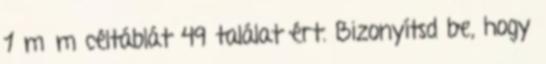
1 m×m céltáblát 49 találat ért. Bizonyítsd be, hogy